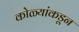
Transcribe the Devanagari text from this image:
कोळ्यांकडून